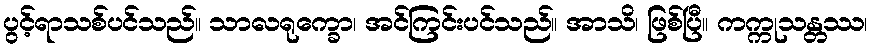
ပွင့်ရာသစ်ပင်သည်။ သာလရုက္ခော၊ အင်ကြင်းပင်သည်။ အာသိ၊ ဖြစ်ပြီ။ ကက္ကုသန္တဿ၊